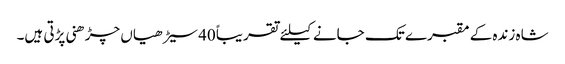
شاہ زندہ کے مقبرے تک جانے کیلئے تقریباً 40سیڑھیاں چڑھنی پڑتی ہیں۔